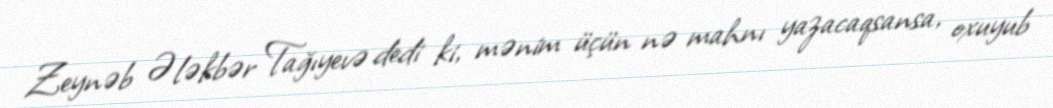
Zeynəb Ələkbər Tağıyevə dedi ki, mənim üçün nə mahnı yazacaqsansa, oxuyub